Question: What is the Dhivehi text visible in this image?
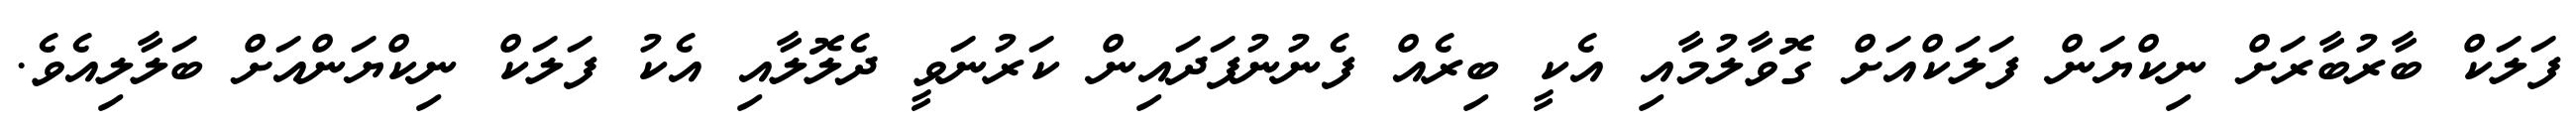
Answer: ފަލަކް ބާރުބާރަށް ނިކްޔަން ފަލަކްއަށް ގޮވާލުމާއި އެކީ ބިރެއް ފެނުނުފަދައިން ކަރުނަވީ ދެލޮލާއި އެކު ފަލަކް ނިކްޔަންއަށް ބަލާލިއެވެ.